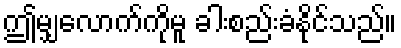
ဤမျှလောက်ကိုမူ ခါးစည်းခံနိုင်သည်။